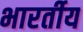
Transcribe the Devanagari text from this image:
भारर्तीय